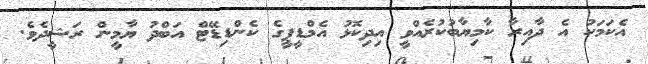
އެކަމަކު އެ ދާއިރާ ކާމިޔާބުކުރެއްވީ އިދިކޮޅު އެމްޑީޕީގެ ކެންޑިޑޭޓް އަބްދު ޔާމީން ރަޝީދެވެ.